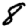
Digit: 8